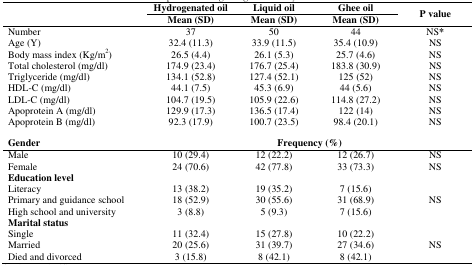
<table><thead><tr><td></td><td><b>Hydrogenated oil</b></td><td><b>Liquid oil</b></td><td><b>Ghee oil</b></td><td rowspan="3"><b>P value</b></td></tr><tr><td></td><td><b>Mean (SD)</b></td><td><b>Mean (SD)</b></td><td><b>Mean (SD)</b></td></tr></thead><tbody><tr><td>Number</td><td>37</td><td>50</td><td>44</td><td>NS*</td></tr><tr><td>Age (Y)</td><td>32.4 (11.3)</td><td>33.9 (11.5)</td><td>35.4 (10.9)</td><td>NS</td></tr><tr><td>Body mass index (Kg/m<sup>2</sup>)</td><td>26.5 (4.4)</td><td>26.1 (5.3)</td><td>25.7 (4.6)</td><td>NS</td></tr><tr><td>Total cholesterol (mg/dl)</td><td>174.9 (23.4)</td><td>176.7 (25.4)</td><td>183.8 (30.9)</td><td>NS</td></tr><tr><td>Triglyceride (mg/dl)</td><td>134.1 (52.8)</td><td>127.4 (52.1)</td><td>125 (52)</td><td>NS</td></tr><tr><td>HDL-C (mg/dl)</td><td>44.1 (7.5)</td><td>45.3 (6.9)</td><td>44 (5.6)</td><td>NS</td></tr><tr><td>LDL-C (mg/dl)</td><td>104.7 (19.5)</td><td>105.9 (22.6)</td><td>114.8 (27.2)</td><td>NS</td></tr><tr><td>Apoprotein A (mg/dl)</td><td>129.9 (17.3)</td><td>136.5 (17.4)</td><td>122 (14)</td><td>NS</td></tr><tr><td>Apoprotein B (mg/dl)</td><td>92.3 (17.9)</td><td>100.7 (23.5)</td><td>98.4 (20.1)</td><td>NS</td></tr><tr><td><b>Gender</b></td><td colspan="4"><b>Frequency (%)</b></td></tr><tr><td>Male</td><td>10 (29.4)</td><td>12 (22.2)</td><td>12 (26.7)</td><td>NS</td></tr><tr><td>Female</td><td>24 (70.6)</td><td>42 (77.8)</td><td>33 (73.3)</td><td>NS</td></tr><tr><td colspan="5"><b>Education level</b></td></tr><tr><td>Literacy</td><td>13 (38.2)</td><td>19 (35.2)</td><td>7 (15.6)</td><td></td></tr><tr><td>Primary and guidance school</td><td>18 (52.9)</td><td>30 (55.6)</td><td>31 (68.9)</td><td>NS</td></tr><tr><td>High school and university</td><td>3 (8.8)</td><td>5 (9.3)</td><td>7 (15.6)</td><td></td></tr><tr><td colspan="5"><b>Marital status</b></td></tr><tr><td>Single</td><td>11 (32.4)</td><td>15 (27.8)</td><td>10 (22.2)</td><td></td></tr><tr><td>Married</td><td>20 (25.6)</td><td>31 (39.7)</td><td>27 (34.6)</td><td>NS</td></tr><tr><td>Died and divorced</td><td>3 (15.8)</td><td>8 (42.1)</td><td>8 (42.1)</td><td></td></tr></tbody></table>